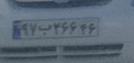
۹۷ب۲۶۶۴۶